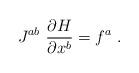
LaTeX: \begin{align*}J^{ab}\ \frac{\partial H}{\partial x^b} = f^a\ .\end{align*}